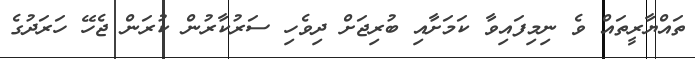
ތައްޔާރީތައް ވެ ނިމިފައިވާ ކަމަށާއި ބުރިޖަށް ދިވެހި ސަރުކާރުން ކުރަން ޖެހޭ ހަރަދުގެ